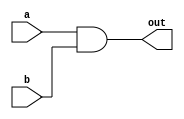
module andGate (
    a, b, out
);
input a, b;
output out;

assign out = a & b;
    
endmodule


`timescale 1ns / 1ps

module andGate_tb;
    // Inputs
    reg a;
    reg b;

    // Output
    wire out;

    // Instantiate the Unit Under Test (UUT)
    andGate uut (
        .a(a), 
        .b(b), 
        .out(out)
    );

    initial begin
        // Initialize Inputs
        a = 0;
        b = 0;

        // Wait for global reset
        #10;
        
        // Test case 1: a = 0, b = 0
        #10 a = 0; b = 0;
        #10 $display("Test case 1: a = %b, b = %b, out = %b", a, b, out);
        
        // Test case 2: a = 0, b = 1
        #10 a = 0; b = 1;
        #10 $display("Test case 2: a = %b, b = %b, out = %b", a, b, out);
        
        // Test case 3: a = 1, b = 0
        #10 a = 1; b = 0;
        #10 $display("Test case 3: a = %b, b = %b, out = %b", a, b, out);
        
        // Test case 4: a = 1, b = 1
        #10 a = 1; b = 1;
        #10 $display("Test case 4: a = %b, b = %b, out = %b", a, b, out);
        
        // Finish simulation
        #10 $finish;
    end
      
endmodule